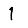
Digit: 1